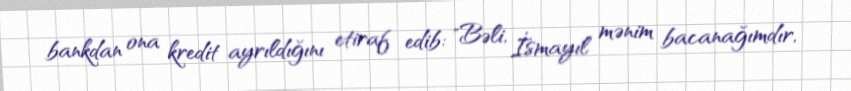
bankdan ona kredit ayrıldığını etiraf edib: "Bəli, İsmayıl mənim bacanağımdır,